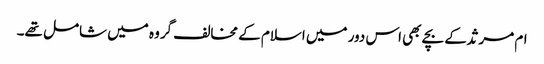
ام مرثد کے بچے بھی اس دور میں اسلام کے مخالف گروہ میں شامل تھے۔